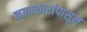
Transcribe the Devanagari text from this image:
कलाकारांपासून